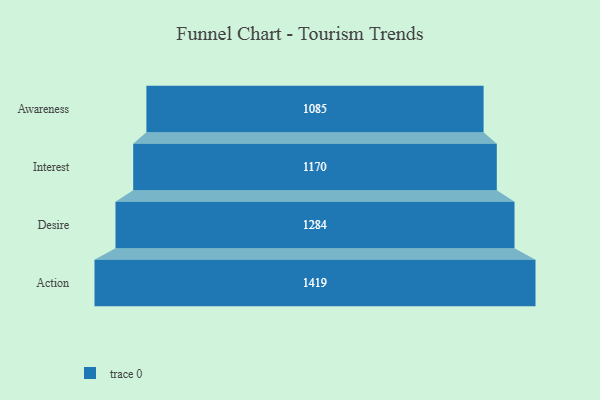
{"axis": {"x": "Stage", "y": "Value"}, "legend": [""], "data": [{"x": "Awareness", "y": 1085.0, "type": ""}, {"x": "Interest", "y": 1170.0, "type": ""}, {"x": "Desire", "y": 1284.0, "type": ""}, {"x": "Action", "y": 1419.0, "type": ""}]}